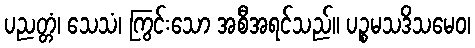
ပညတ္တံ၊ သေသံ၊ ကြွင်းသော အစီအရင်သည်။ ပဉ္စမသဒိသမေဝ၊